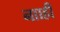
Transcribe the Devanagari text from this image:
नााही